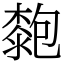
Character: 㯡